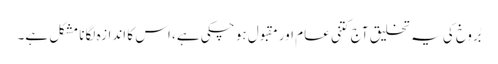
بُروخ کی یہ تخلیق آج کتنی عام اور مقبول ہو چکی ہے، اس کا اندازہ لگانا مشکل ہے۔